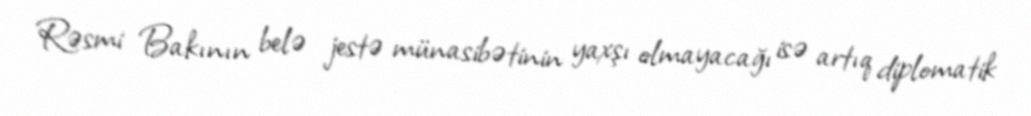
Rəsmi Bakının belə jestə münasibətinin yaxşı olmayacağı isə artıq diplomatik